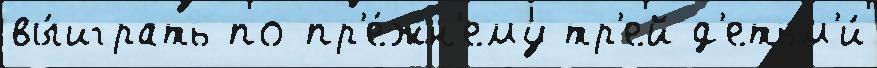
вы́играть по-пр'е́жн'ему тр'ей д'етьм'и́